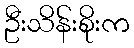
ဦးသိန်းစိုးက